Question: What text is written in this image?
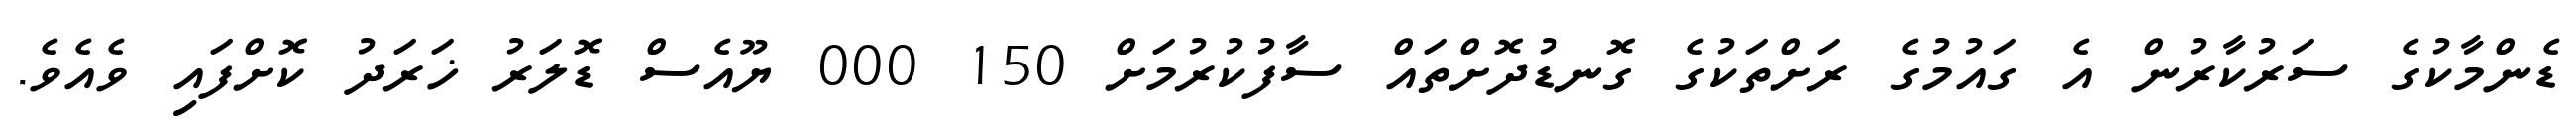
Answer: ޑެންމާކުގެ ސަރުކާރުން އެ ގައުމުގެ ރަށްތަކުގެ ގޮނޑުދޮށްތައް ސާފުކުރުމަށް 150 000 ޔޫއެސް ޑޮލަރު ޚަރަދު ކޮށްފައި ވެއެވެ.